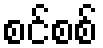
စင်စစ်